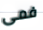
فمى